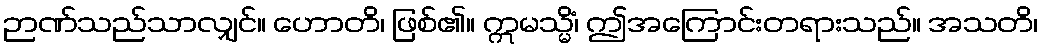
ဉာဏ်သည်သာလျှင်။ ဟောတိ၊ ဖြစ်၏။ ဣမသ္မိံ၊ ဤအကြောင်းတရားသည်။ အသတိ၊